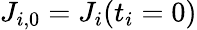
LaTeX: J_{i,0}=J_{i}(t_{i}=0)